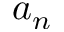
a _ { n }